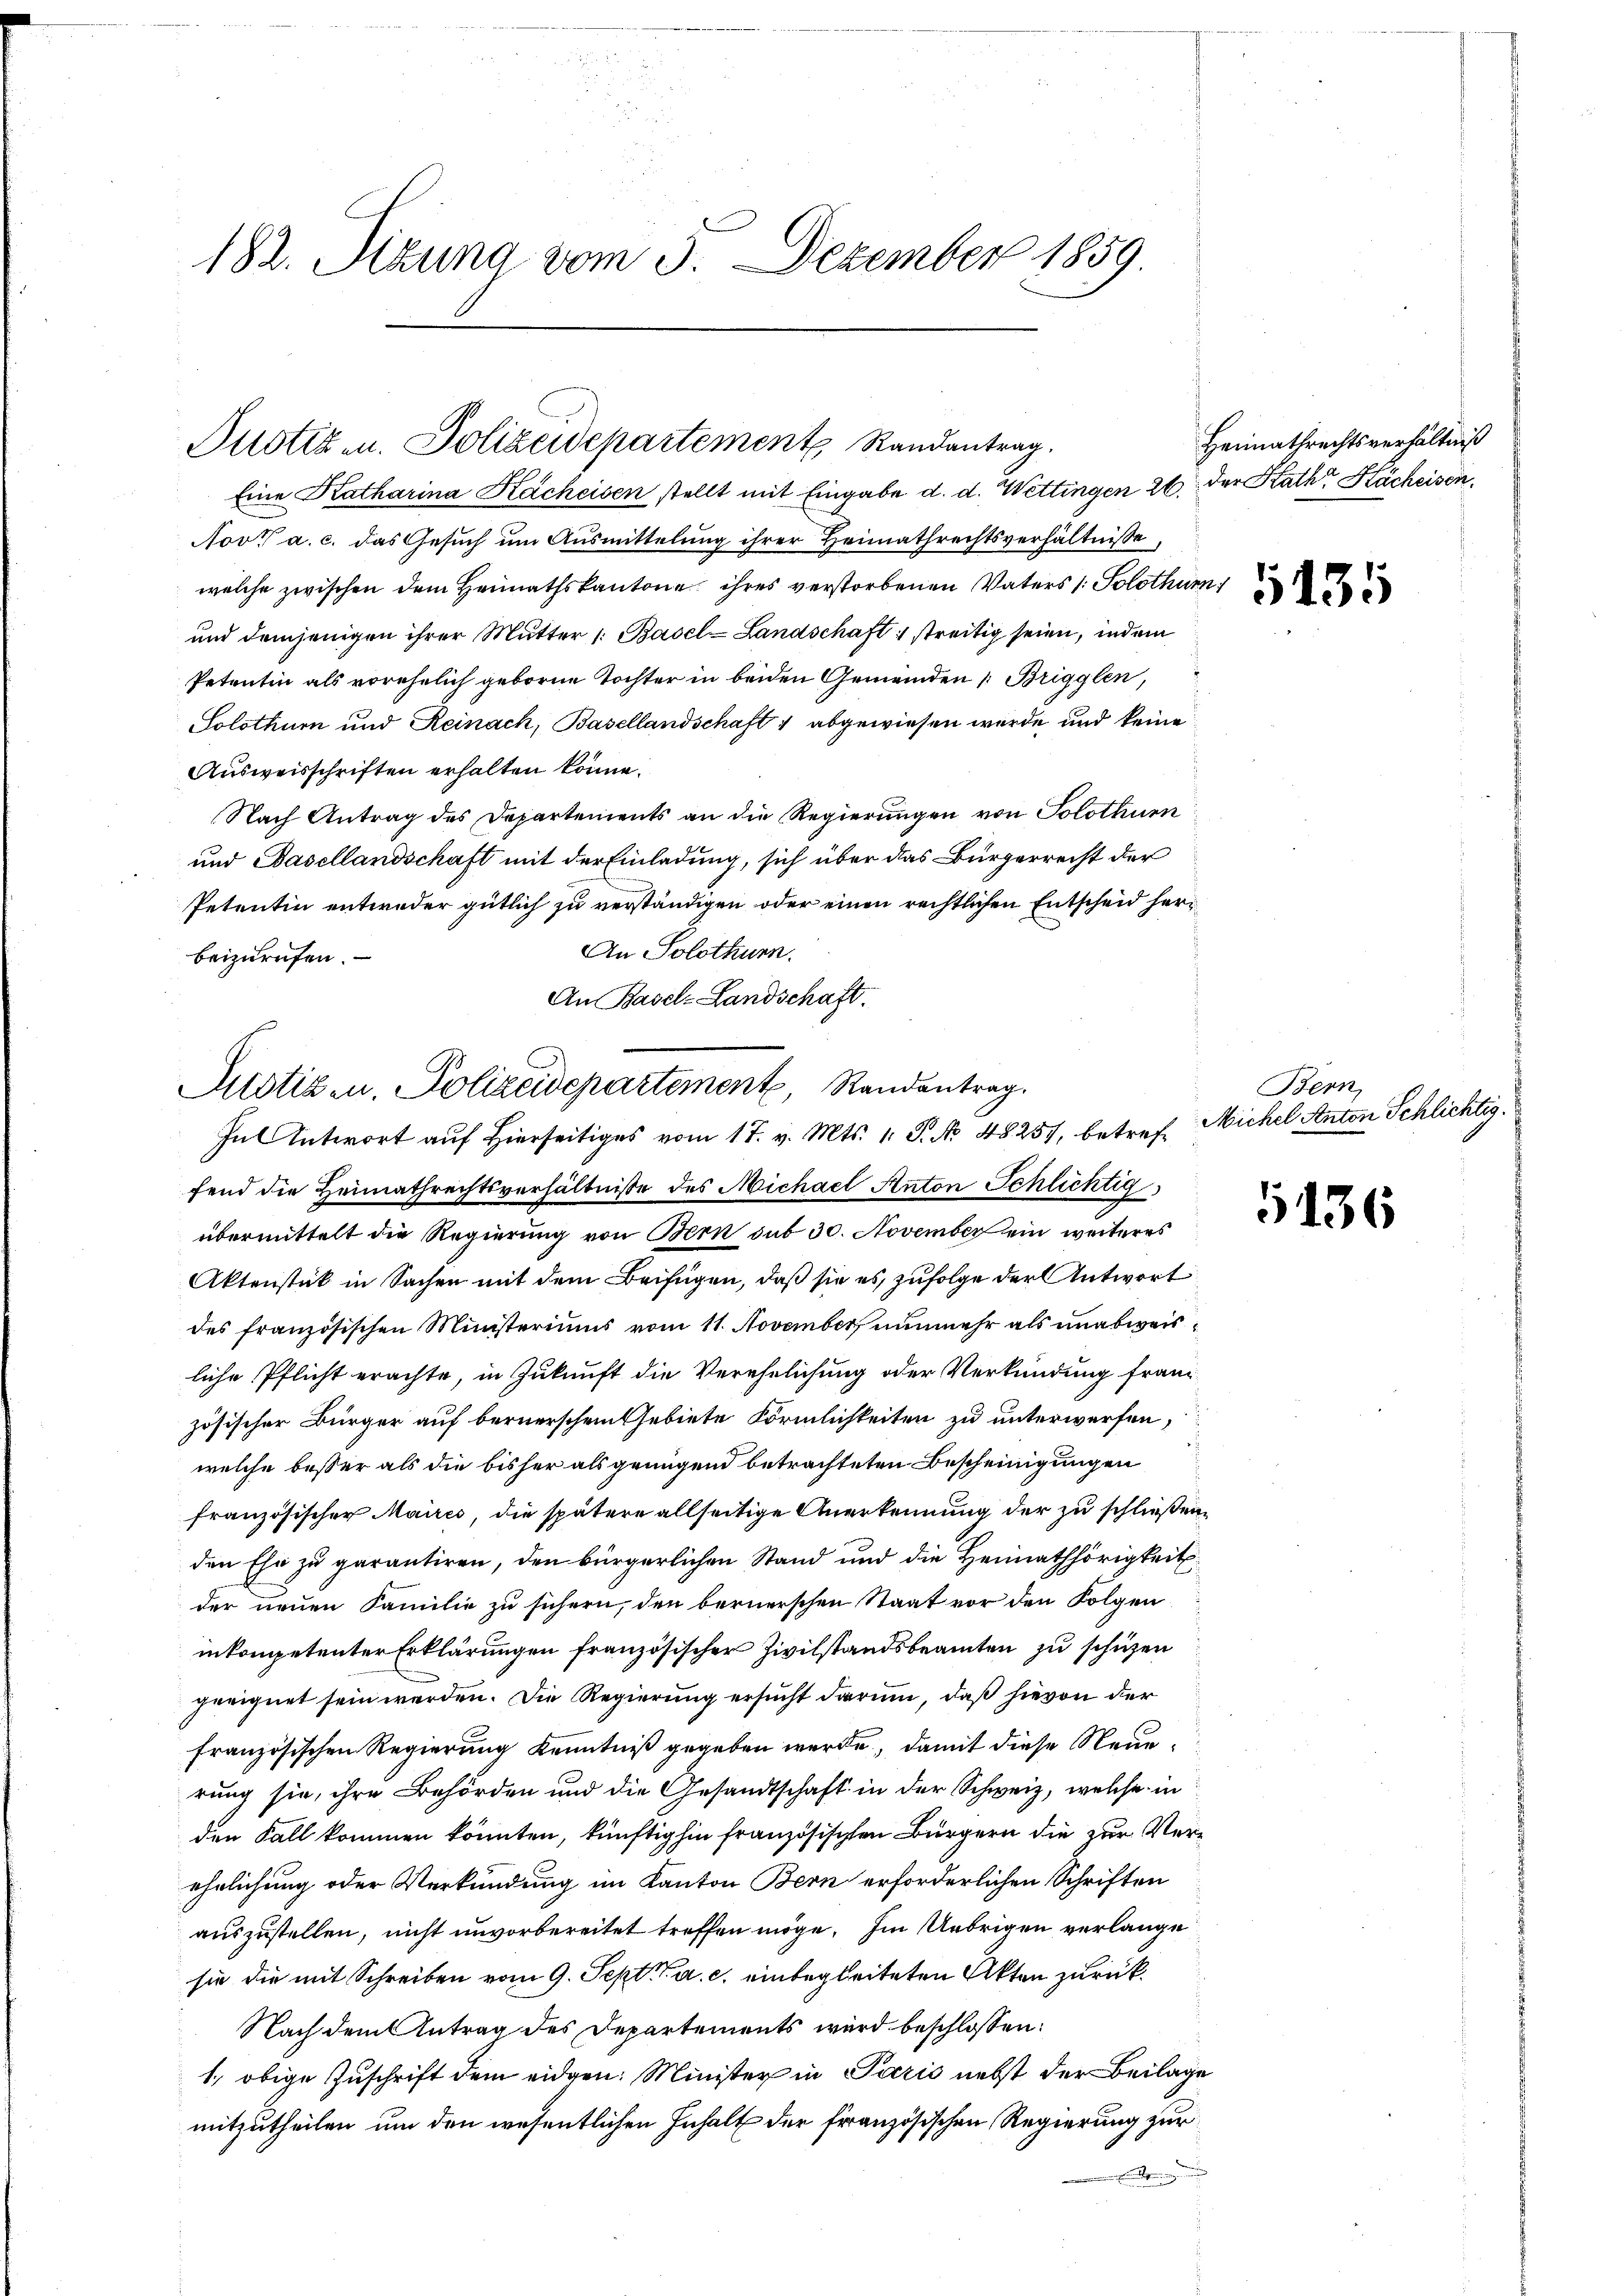
i
182. Sizung vom 3. Dezember 1859.
Justiz- u. Polizeidepartement Randantrag.

Eine Katharina Kacheisen stellt mit Eingabe d. d. Wettingen 26. der Rath Kächcisen¬
Novt a. c. das Gesuch um Ausmittelung ihrer Heimathrechtsverhältnisse
welche zwischen dem Heimathskantone ihres verstorbenen Vaters /: Solothurn
und demjenigen ihrer Mutter /: Basel-Landschaft 1 streitig seien, indem
Petentin als vorehelich geborne Tochter in beiden Gemeinden [Brigglen,
Solothurn und Reinach, Basellandschaft 1 abgewiesen werde und keine
Ausweisschriften erhalten könne.
Nach Antrag des Departements an die Regierungen von Solothurn
und Basellandschaft mit der Einladung, sich über das Bürgerrecht der
Petentin entweder gütlich zu verständigen oder einen rechtlichen Entscheid her¬
An Solothurn.
beizurufen.
An Basel-Landschaft.
In Antwort auf Hierseitiges vom 17. v. Mts. 1. P. No 48251, betreffend die Heimathrechtsverhältnisse des Michael Anton Schlichtig
übermittelt die Regierung von Bern sub 30. November ein weiteres
Aktenstück in Sachen mit dem Beifügen, daß sie es, zufolge der Antwort
des französischen Ministeriums vom 11. November nunmehr als unabweisliche Pflicht erachte, in Zukunft die Verehelichung oder Verkündung franz
zösischer Bürger auf bernerschen Gebiete Förmlichkeiten zu unterwerfen,
welche besser als die bisher als grungend betrachteten Bescheinigungen
französischer Maires, die spätere allseitige Anerkennung der zu schließen,
den Ehe zu parantiren, den bürgerlichen Stand und die Heimathörigkeit
der neuen Familie zu sichern, den bernerschen Staat vor den Folgen
inkompetenter Erklärungen französischer Zivilstandsbeamten zu schüzen
geeignet sein werden. Die Regierung ersucht darum, daß hievon der
französischen Regierung Kenntniß gegeben werde, damit diese Neuerung sie, ihre Behörden und die Gesandtschaft in der Schweiz, welche in
den Fall kommen könnten, künftighin französischen Bürgern die zur Verehelichung oder Verkündung im Kanton Bern erforderlichen Schriften
auszustellen, nicht unvorbereitet treffen möge. Im Uebrigen verlange
sie die mit Schreiben vom 9. Sept. v. a. c. einbegleiteten Akten zurück¬
Nach dem Antrag des Departements wird beschlossen:
1., obige Zuschrift dem eidgen. Minister in Paris nebst der Beilage
mitzutheilen um den wesentlichen Inhalt der französischen Regierung zur
.

Mistik u. Polizeidepartement, Randantrag.

Heimathrechtsverhältniß
5435

Bern,
Michel Anton Schlichtig.

5136